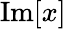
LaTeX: \mathrm{Im}[x]